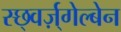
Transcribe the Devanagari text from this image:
स्छ्वर्ज़्गेल्बेन